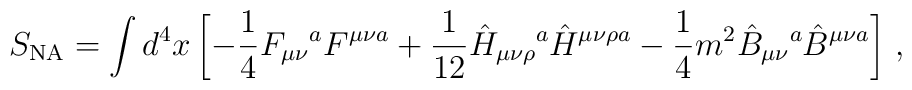
S_{\rm NA}= \int d^{4}x \left[ -{1\over4} {F_{\mu\nu}}^{a} F^{\mu\nu a} +{1\over12} \hat{H}_{\mu\nu\rho}\raisebox{0.98ex}{\mbox{\scriptsize{$a$}}}\hat{H}^{\mu\nu\rho a} -{1\over4}m^{2}\hat{B}_{\mu\nu}\raisebox{0.98ex}{\mbox{\scriptsize{$a$}}}\hat{B}^{\mu\nu a} \right] \,,